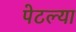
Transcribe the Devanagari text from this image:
पेटल्या